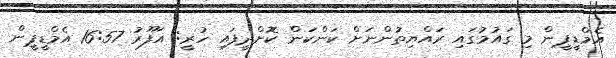
އެމްޑީޕީން މި ގައުމުގައި ރައްޔިތުންނަށް ކަންކަން ކޮށްދީފައި ހުރީ: ޣަފޫރު 16:57 އެމްޑީޕީން